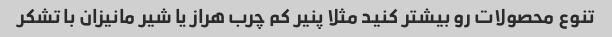
تنوع محصولات رو بیشتر کنید مثلا پنیر کم چرب هراز یا شیر مانیزان با تشکر